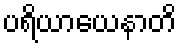
ပရိယာယေနာတိ